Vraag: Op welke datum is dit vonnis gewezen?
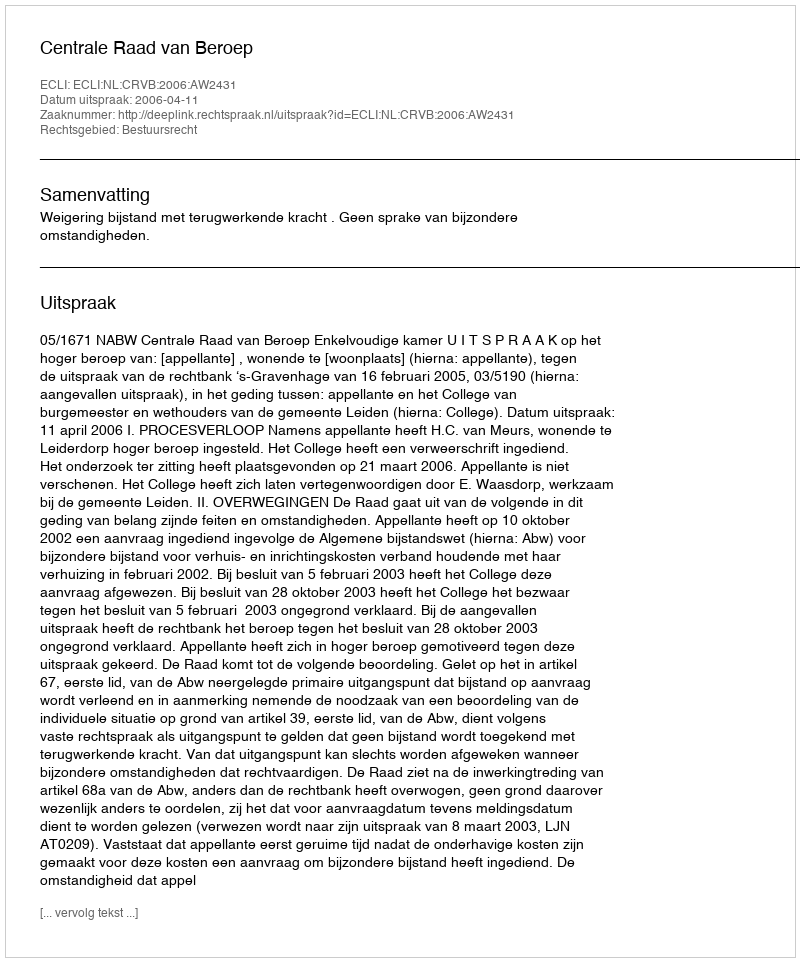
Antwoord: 2006-04-11